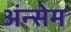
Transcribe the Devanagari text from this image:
अंन्सेम